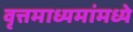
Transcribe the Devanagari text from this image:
वृत्तमाध्यमांमध्ये